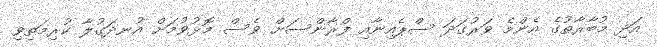
އަދި މުބާރާތުގެ އެންމެ ވަރުގަދަ ސްޕެއިނާއި ފްރާންސަށް ވެސް މޮޅުވުމަށް އުނދަގުލާ ކުރިމަތިވި